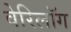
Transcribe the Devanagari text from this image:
वेरिलॉग